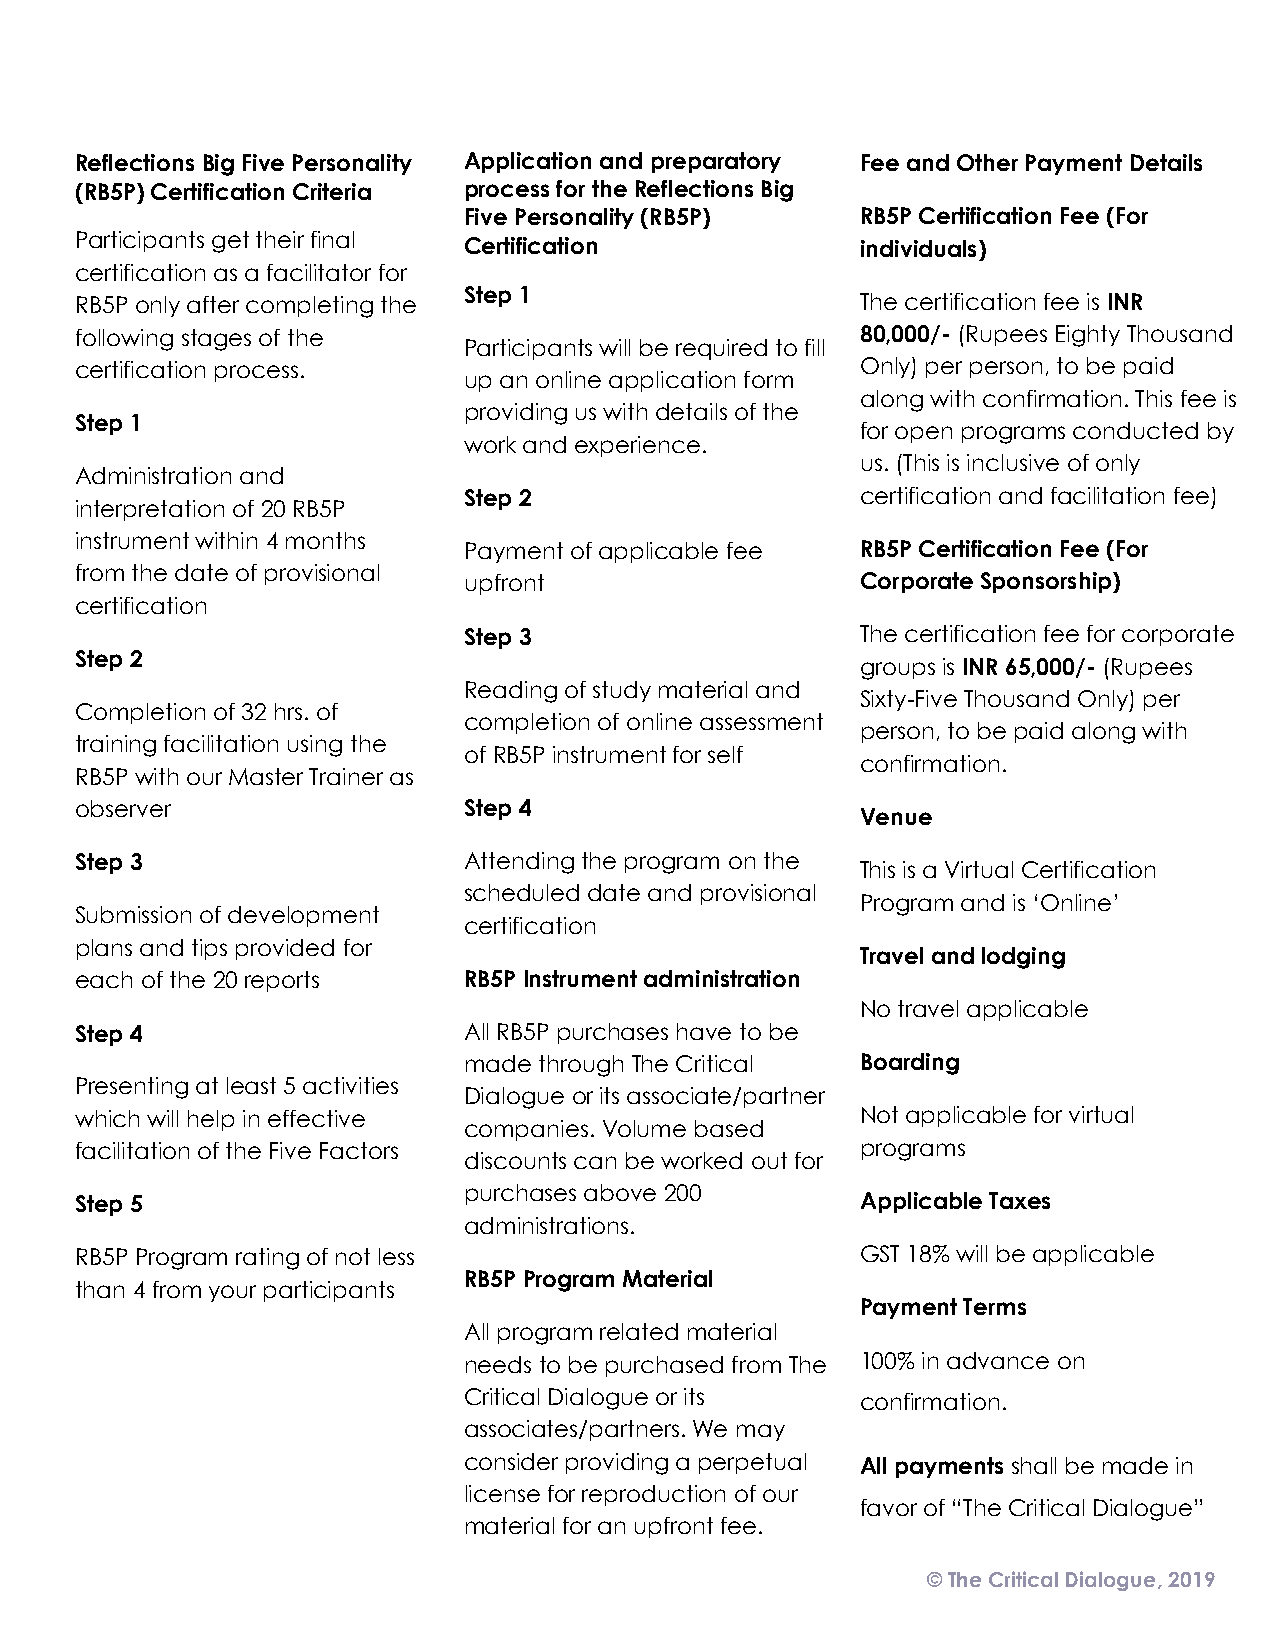
Reflections Big Five Personality Application and preparatory Fee and Other Payment Details
 (RB5P) Certification Criteria process for the Reflections Big
 Five Personality (RB5P)   RB5P Certification Fee (For
 Participants get their final Certification          individuals)
 certification as a facilitator for
 Step 1
 RB5P only after completing the                      The certification fee is INR
 following stages of the                             80,000/- (Rupees Eighty Thousand
 Participants will be required to fill
 certification process.                              Only) per person, to be paid
 up an online application form
 along with confirmation. This fee is
 providing us with details of the
 Step 1
 for open programs conducted by
 work and experience.
 us. (This is inclusive of only
 Administration and
 Step 2                    certification and facilitation fee)
 interpretation of 20 RB5P
 instrument within 4 months
 Payment of applicable fee RB5P Certification Fee (For
 from the date of provisional
 upfront                   Corporate Sponsorship)
 certification
 Step 3                    The certification fee for corporate
 Step 2
 groups is INR 65,000/- (Rupees
 Reading of study material and
 Sixty-Five Thousand Only) per
 Completion of 32 hrs. of
 completion of online assessment
 person, to be paid along with
 training facilitation using the
 of RB5P instrument for self
 confirmation.
 RB5P with our Master Trainer as
 observer                  Step 4
 Venue
 Step 3                    Attending the program on the
 This is a Virtual Certification
 scheduled date and provisional
 Program and is ‘Online’
 Submission of development
 certification
 plans and tips provided for
 Travel and lodging
 each of the 20 reports    RB5P Instrument administration
 No travel applicable
 Step 4                    All RB5P purchases have to be
 made through The Critical Boarding
 Presenting at least 5 activities
 Dialogue or its associate/partner
 which will help in effective                        Not applicable for virtual
 companies. Volume based
 facilitation of the Five Factors                    programs
 discounts can be worked out for
 purchases above 200
 Step 5                                              Applicable Taxes
 administrations.
 RB5P Program rating of not less                     GST 18% will be applicable
 RB5P Program Material
 than 4 from your participants
 Payment Terms
 All program related material
 needs to be purchased from The 100% in advance on
 Critical Dialogue or its  confirmation.
 associates/partners. We may
 consider providing a perpetual All payments shall be made in
 license for reproduction of our
 favor of “The Critical Dialogue”
 material for an upfront fee.
 © The Critical Dialogue, 2019